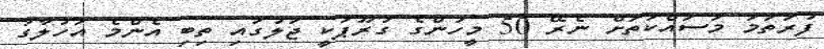
ފުރަތަމަ މަސައްކަތަށް ނެރޭ 50 މީހުންގެ ގުރޫޕަކީ ޖަލުގައި ތިބި އެންމެ އަހުލާގު